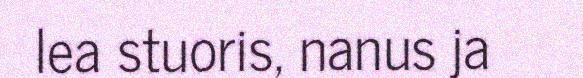
lea stuoris, nanus ja